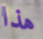
هذا